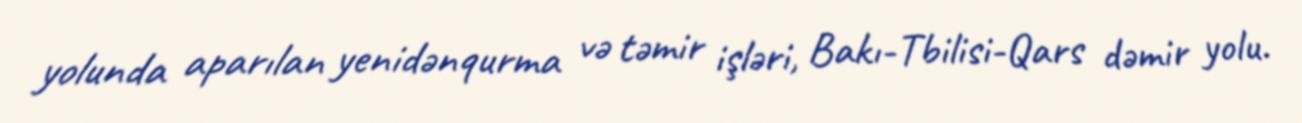
yolunda aparılan yenidənqurma və təmir işləri, Bakı-Tbilisi-Qars dəmir yolu.